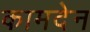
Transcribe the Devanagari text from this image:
कामदेन